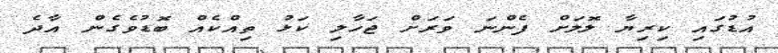
އުޑުގައި ކިރިޔާ ލޮލަށް ފެންނަ ވަރަށް ޖަހާލި ކަޅު ތިއްކެއް ބޮޑުވެގެން އާދެ